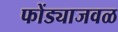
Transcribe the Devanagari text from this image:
फोंड्याजवळ